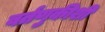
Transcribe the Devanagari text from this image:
वर्तणुकीशी